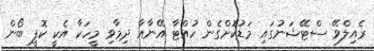
ރެއިލްވޭ ސްޓޭޝަނުގައި މަޑުކޮށްގެން ހުއްޓާ އޭނާއާ ދިމާވި މީހަކާ އެކީ ކޮފީ ބޯން